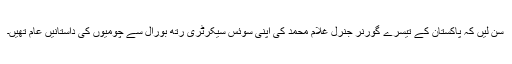
سن لیں کہ پاکستان کے تیسرے گورنر جنرل غلام محمد کی اپنی سوئس سیکرٹری رتھ بورال سے چومیوں کی داستانیں عام تھیں۔